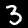
Label: 3